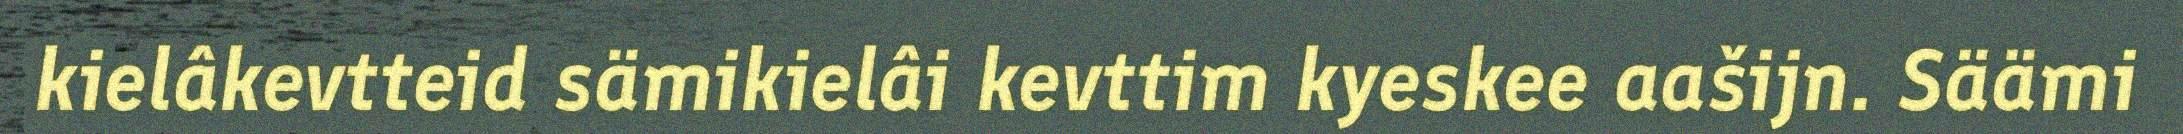
kielâkevtteid sämikielâi kevttim kyeskee aašijn. Säämi